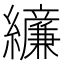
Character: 𫄔